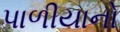
પાળીયાનો